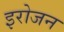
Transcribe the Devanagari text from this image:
इरोजन